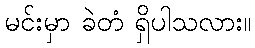
မင်းမှာ ခဲတံ ရှိပါသလား။